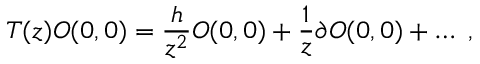
T ( z ) { \cal O } ( 0 , 0 ) = \frac { h } { z ^ { 2 } } { \cal O } ( 0 , 0 ) + \frac { 1 } { z } \partial { \cal O } ( 0 , 0 ) + \ldots \ ,